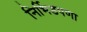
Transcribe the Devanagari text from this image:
निर्भिडपणा